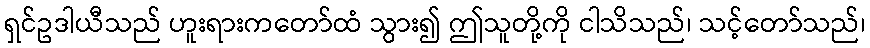
ရှင်ဥဒါယီသည် ဟူးရားကတော်ထံ သွား၍ ဤသူတို့ကို ငါသိသည်၊ သင့်တော်သည်၊